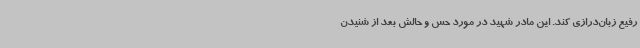
رفیع زبان‌درازی کند. این مادر شهید در مورد حس و حالش بعد از شنیدن